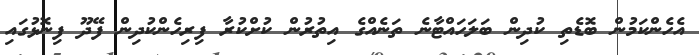
އެހެންކަމުން ބޮޑެތި ކުދިން ބަލަހައްޓާނެ ތަނެއްގެ އިތުރުން ކުށްކުރާ ފިރިހެންކުދިން ފޭދޫ ފިނޮޅުގައި